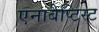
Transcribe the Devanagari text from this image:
एनाबैप्टिस्ट